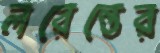
লরেন্তের